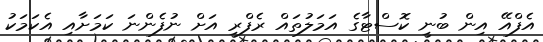
އެފްއޭ އިން ބުނީ ކޮސްޓާގެ އަމަލުތައް ރެފްރީ އަށް ނުފެންނަ ކަމަށާއި އެކަމަކު